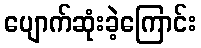
ပျောက်ဆုံးခဲ့ကြောင်း